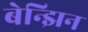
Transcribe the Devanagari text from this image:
बेन्झिन